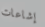
إشاعات